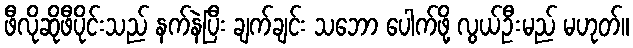
ဖီလိုဆိုဖီပိုင်းသည် နက်နဲပြီး ချက်ချင်း သဘော ပေါက်ဖို့ လွယ်ဦးမည် မဟုတ်။